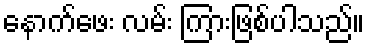
နောက်ဖေး လမ်း ကြားဖြစ်ပါသည်။